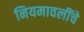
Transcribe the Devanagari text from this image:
नियमावलींचे